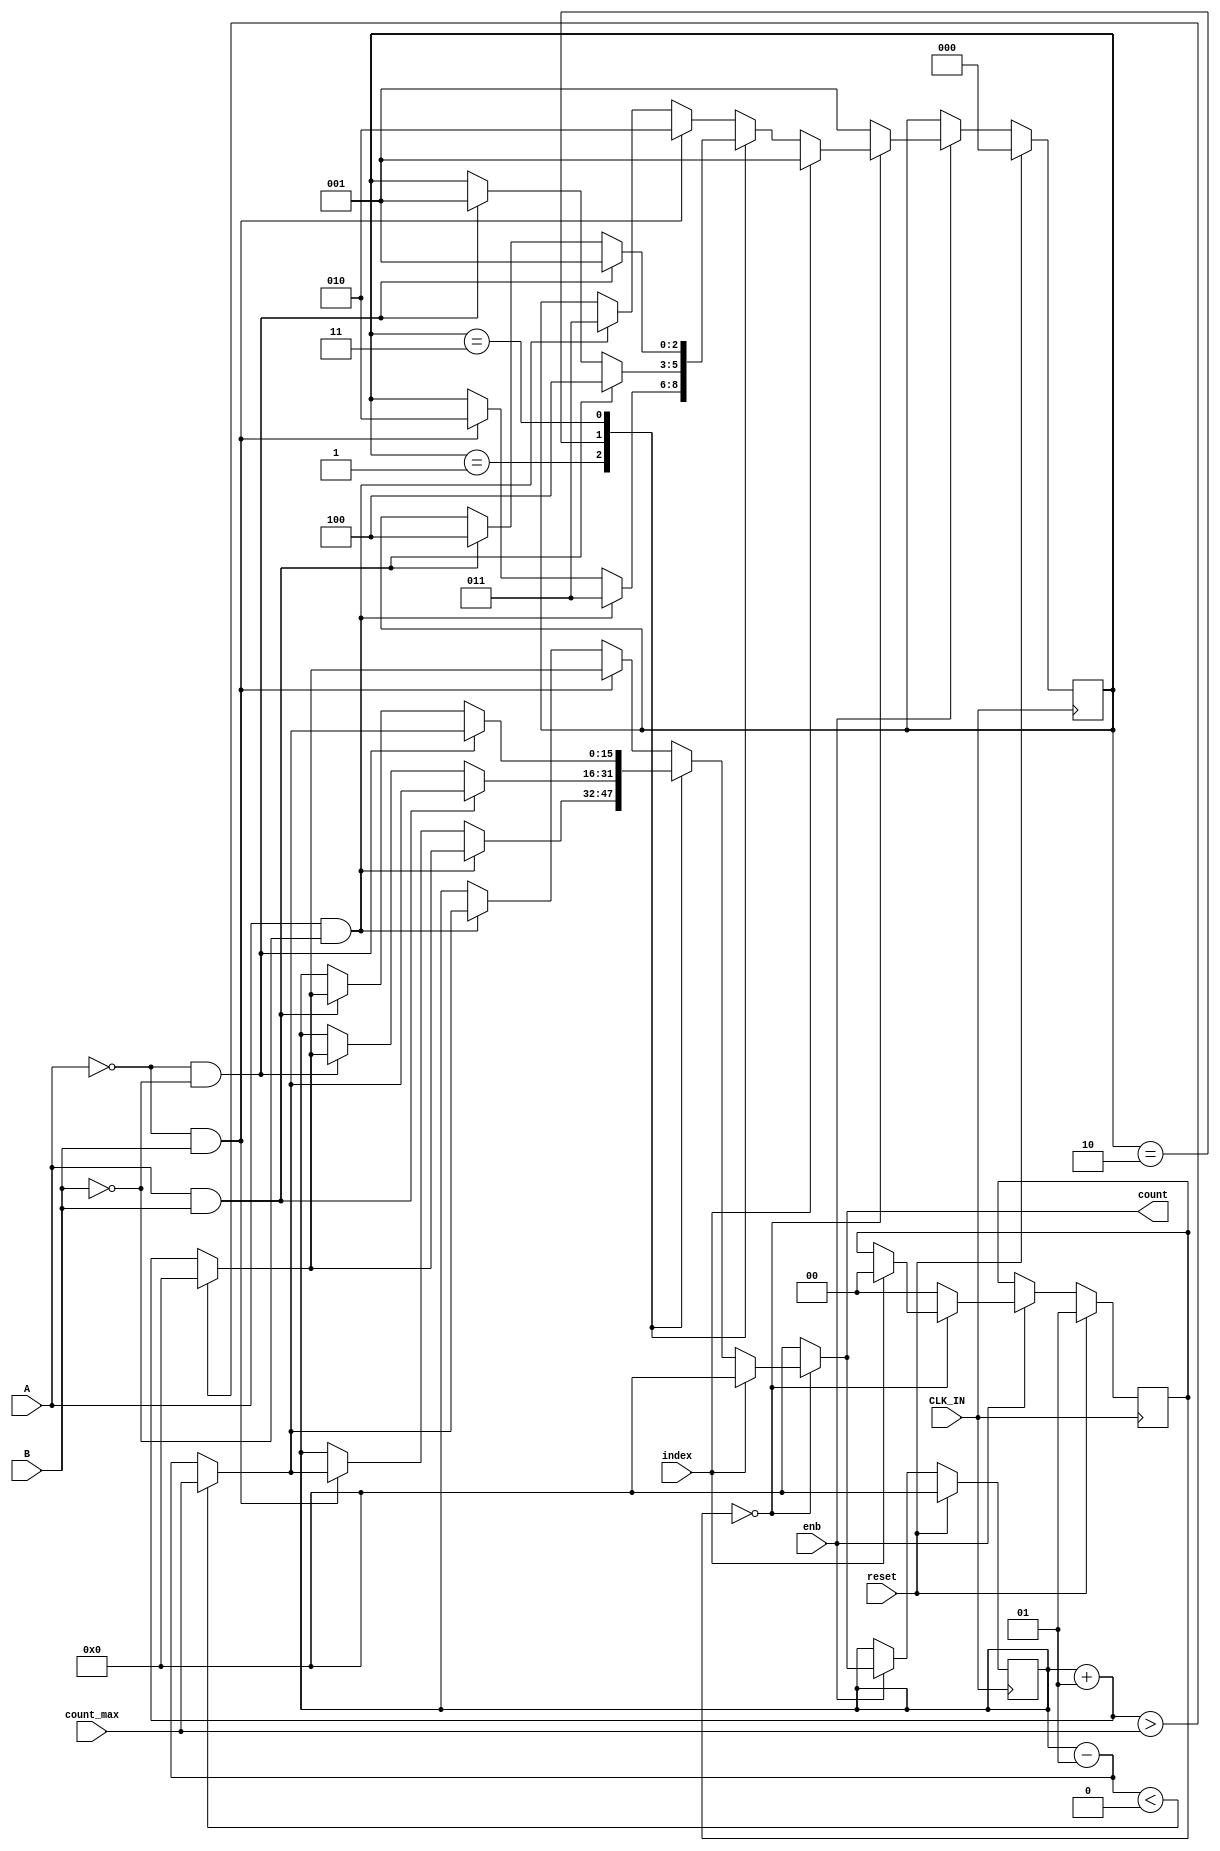
module Update_Count_From_AB
          (
           CLK_IN,
           reset,
           enb,
           A,
           B,
           index,
           count_max,
           count
          );
  input   CLK_IN;
  input   reset;
  input   enb;
  input   A;
  input   B;
  input   index;
  input   signed [15:0] count_max;  
  output  signed [15:0] count;  
  parameter IN_NO_ACTIVE_CHILD = 0, IN_A0_B0 = 1, IN_A0_B1 = 2, IN_A1_B0 = 3, IN_A1_B1 = 4;
  parameter IN_INDEX = 0, IN_INIT = 1;
  reg [1:0] is_libEncoderPeripheralHdl_c7_Update_Count_From_AB;  
  reg [2:0] is_INDEX;  
  reg signed [15:0] count_reg;  
  reg [1:0] is_libEncoderPeripheralHdl_c7_Update_Count_From_AB_next;  
  reg [2:0] is_INDEX_next;  
  reg signed [15:0] count_reg_next;  
  always @(posedge CLK_IN)
    begin : libEncoderPeripheralHdl_c7_Update_Count_From_AB_process
      if (reset == 1'b1) begin
        is_INDEX <= IN_NO_ACTIVE_CHILD;
        count_reg <= 16'sd0;
        is_libEncoderPeripheralHdl_c7_Update_Count_From_AB <= IN_INIT;
      end
      else if (enb) begin
        is_libEncoderPeripheralHdl_c7_Update_Count_From_AB <= is_libEncoderPeripheralHdl_c7_Update_Count_From_AB_next;
        is_INDEX <= is_INDEX_next;
        count_reg <= count_reg_next;
      end
    end
  always @(is_libEncoderPeripheralHdl_c7_Update_Count_From_AB, is_INDEX, A, B, index,
       count_max, count_reg) begin
    count_reg_next = count_reg;
    is_libEncoderPeripheralHdl_c7_Update_Count_From_AB_next = is_libEncoderPeripheralHdl_c7_Update_Count_From_AB;
    is_INDEX_next = is_INDEX;
    case ( is_libEncoderPeripheralHdl_c7_Update_Count_From_AB)
      IN_INDEX :
        begin
          if (index == 1'b1) begin
            count_reg_next = 16'sd0;
            is_libEncoderPeripheralHdl_c7_Update_Count_From_AB_next = IN_INDEX;
            is_INDEX_next = IN_A0_B0;
          end
          else begin
            case ( is_INDEX)
              IN_A0_B0 :
                begin
                  if (A && ( ~ B)) begin
                    count_reg_next = count_reg + 1;
                    if ((count_reg + 16'sd1) > count_max) begin
                      count_reg_next = 16'sd0;
                    end
                    else begin
                    end
                    is_INDEX_next = IN_A1_B0;
                  end
                  else if (( ~ A) && B) begin
                    count_reg_next = count_reg - 1;
                    if ((count_reg - 16'sd1) < 16'sb0000000000000000) begin
                      count_reg_next = count_max;
                    end
                    else begin
                    end
                    is_INDEX_next = IN_A0_B1;
                  end
                end
              IN_A0_B1 :
                begin
                  if (A && B) begin
                    count_reg_next = count_reg - 1;
                    if ((count_reg - 16'sd1) < 16'sb0000000000000000) begin
                      count_reg_next = count_max;
                    end
                    else begin
                    end
                    is_INDEX_next = IN_A1_B1;
                  end
                  else begin
                    if (( ~ A) && ( ~ B)) begin
                      count_reg_next = count_reg + 1;
                      if ((count_reg + 16'sd1) > count_max) begin
                        count_reg_next = 16'sd0;
                      end
                      else begin
                      end
                      is_INDEX_next = IN_A0_B0;
                    end
                  end
                end
              IN_A1_B0 :
                begin
                  if (( ~ A) && ( ~ B)) begin
                    count_reg_next = count_reg - 1;
                    if ((count_reg - 16'sd1) < 16'sb0000000000000000) begin
                      count_reg_next = count_max;
                    end
                    else begin
                    end
                    is_INDEX_next = IN_A0_B0;
                  end
                  else begin
                    if (A && B) begin
                      count_reg_next = count_reg + 1;
                      if ((count_reg + 16'sd1) > count_max) begin
                        count_reg_next = 16'sd0;
                      end
                      else begin
                      end
                      is_INDEX_next = IN_A1_B1;
                    end
                  end
                end
              default :
                begin
                  if (( ~ A) && B) begin
                    count_reg_next = count_reg + 1;
                    if ((count_reg + 16'sd1) > count_max) begin
                      count_reg_next = 16'sd0;
                    end
                    else begin
                    end
                    is_INDEX_next = IN_A0_B1;
                  end
                  else if (A && ( ~ B)) begin
                    count_reg_next = count_reg - 1;
                    if ((count_reg - 16'sd1) < 16'sb0000000000000000) begin
                      count_reg_next = count_max;
                    end
                    else begin
                    end
                    is_INDEX_next = IN_A1_B0;
                  end
                end
            endcase
          end
        end
      default :
        begin
          count_reg_next = 16'sd0;
          is_libEncoderPeripheralHdl_c7_Update_Count_From_AB_next = IN_INDEX;
          is_INDEX_next = IN_A0_B0;
        end
    endcase
  end
  assign count = count_reg_next;
endmodule